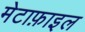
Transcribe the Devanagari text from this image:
मेटाफ़ाइल